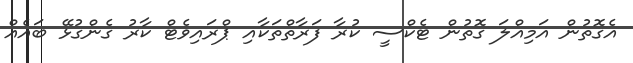
އެގޮތުން އަމިއްލަ ގޮތުން ޓެކްސީ ކުރާ ފަރާތްތަކާއި ޕްރައިވެޓް ކާރު ގެންގުޅޭ ބައެއް